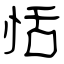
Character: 恬